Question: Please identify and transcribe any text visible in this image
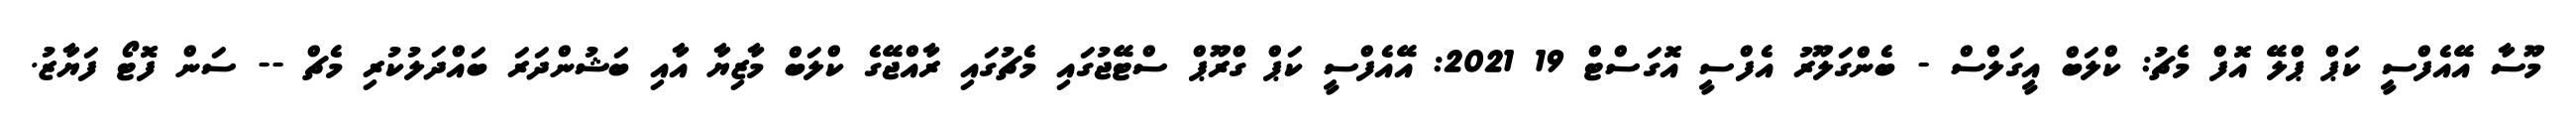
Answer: މޫސާ އޭއެފްސީ ކަޕް ޕްލޭ އޮފް މެޗު: ކްލަބް އީގަލްސް - ބެންގަލޫރު އެފްސީ އޮގަސްޓް 19 2021: އޭއެފްސީ ކަޕް ގްރޫޕް ސްޓޭޖުގައި މެޗުގައި ރާއްޖޭގެ ކްލަބް މާޒިޔާ އާއި ބަޝުންދަރަ ބައްދަލުކުރި މެޗް -- ސަން ފޮޓޯ ފަޔާޒު.